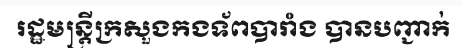
រដ្ឋមន្ត្រីក្រសួងកងទ័ពបារាំង បានបញ្ជាក់